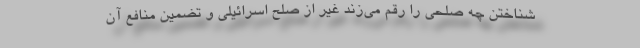
شناختن چه صلحی را رقم می‌زند غیر از صلح اسرائیلی و تضمین منافع آن